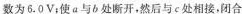
数为6.0 V；使a与b处断开，然后与c处相接，闭合